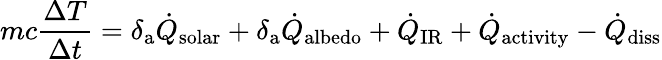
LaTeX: mc\frac{\Delta T}{\Delta t}=\delta_{\mathrm{a}}\dot{Q}_{\mathrm{solar}}+\delta_{\mathrm{a}}\dot{Q}_{\mathrm{albedo}}+\dot{Q}_{\mathrm{IR}}+\dot{Q}_{\mathrm{activity}}-\dot{Q}_{\mathrm{diss}}